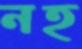
নহ